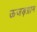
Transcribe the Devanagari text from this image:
ऊजड़ग्राम